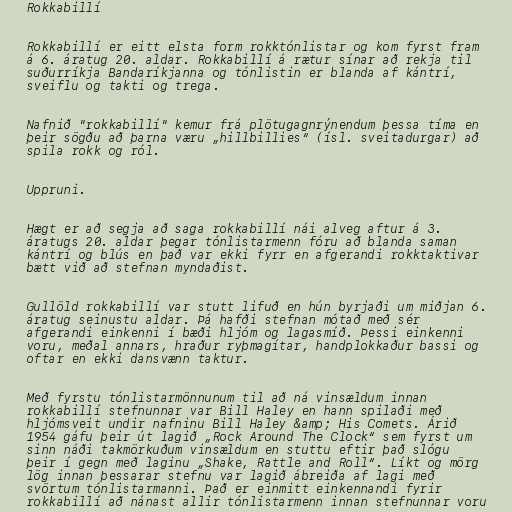
Rokkabillí

Rokkabillí er eitt elsta form rokktónlistar og kom fyrst fram
á 6. áratug 20. aldar. Rokkabillí á rætur sínar að rekja til
suðurríkja Bandaríkjanna og tónlistin er blanda af kántrí,
sveiflu og takti og trega.

Nafnið "rokkabillí" kemur frá plötugagnrýnendum þessa tíma en
þeir sögðu að þarna væru „hillbillies“ (ísl. sveitadurgar) að
spila rokk og ról.

Uppruni.

Hægt er að segja að saga rokkabillí nái alveg aftur á 3.
áratugs 20. aldar þegar tónlistarmenn fóru að blanda saman
kántrí og blús en það var ekki fyrr en afgerandi rokktaktivar
bætt við að stefnan myndaðist.

Gullöld rokkabillí var stutt lifuð en hún byrjaði um miðjan 6.
áratug seinustu aldar. Þá hafði stefnan mótað með sér
afgerandi einkenni í bæði hljóm og lagasmíð. Þessi einkenni
voru, meðal annars, hraður ryþmagítar, handplokkaður bassi og
oftar en ekki dansvænn taktur.

Með fyrstu tónlistarmönnunum til að ná vinsældum innan
rokkabillí stefnunnar var Bill Haley en hann spilaði með
hljómsveit undir nafninu Bill Haley &amp; His Comets. Árið
1954 gáfu þeir út lagið „Rock Around The Clock“ sem fyrst um
sinn náði takmörkuðum vinsældum en stuttu eftir það slógu
þeir í gegn með laginu „Shake, Rattle and Roll“. Líkt og mörg
lög innan þessarar stefnu var lagið ábreiða af lagi með
svörtum tónlistarmanni. Það er einmitt einkennandi fyrir
rokkabillí að nánast allir tónlistarmenn innan stefnunnar voru